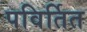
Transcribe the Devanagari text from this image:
पविर्तित